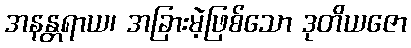
အနန္တရာယ၊ အခြားမဲ့ဖြစ်သော ဒုတိယဇော